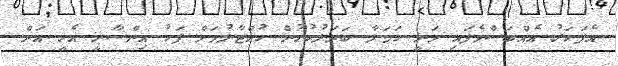
އެފަހަރު އެއްބަސްވެފައި ވަނީ ހަމަލާ ބަދަލުކުރުން ހުއްޓާލުމަށް ފަހު އިންސާނީ އެހީ އަށް